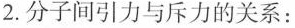
2.分子间引力与斥力的关系：